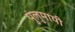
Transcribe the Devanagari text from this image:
पुलुमायी